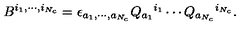
B ^ { i _ { 1 } , \cdots , i _ { N _ { c } } } = \epsilon _ { a _ { 1 } , \cdots , a _ { N _ { c } } } Q _ { a _ { 1 } } { } ^ { i _ { 1 } } \cdots Q _ { a _ { N _ { c } } } { } ^ { i _ { N _ { c } } } .